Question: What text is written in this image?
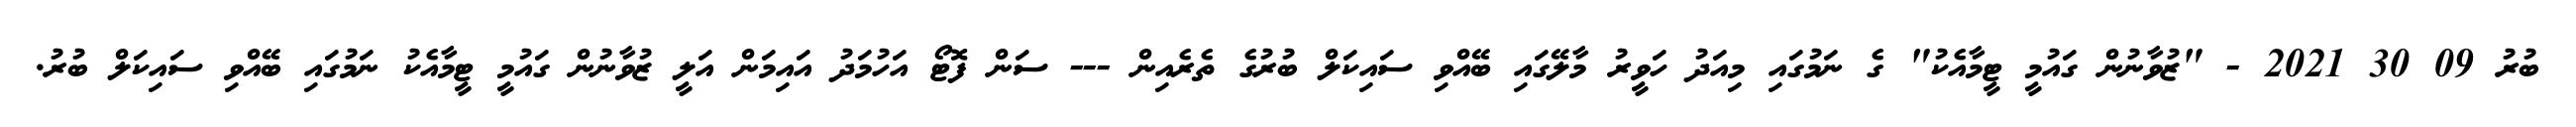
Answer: ބުރު 09 30 2021 - "ޒުވާނުން ގައުމީ ޓީމާއެކު" ގެ ނަމުގައި މިއަދު ހަވީރު މާލޭގައި ބޭއްވި ސައިކަލް ބުރުގެ ތެރެއިން --- ސަން ފޮޓޯ އަހުމަދު އައިމަން އަލީ ޒުވާނުން ގައުމީ ޓީމާއެކު ނަމުގައި ބޭއްވި ސައިކަލް ބުރު.